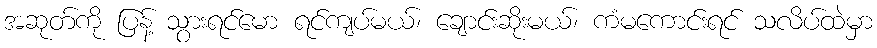
အဆုတ်ကို ပြန့် သွားရင်မော ရင်ကျပ်မယ်၊ ချောင်းဆိုးမယ်၊ ကံမကောင်းရင် သလိပ်ထဲမှာ